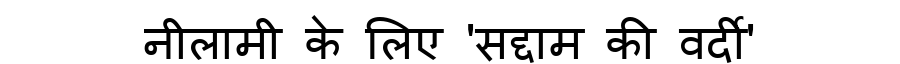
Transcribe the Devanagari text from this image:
नीलामी के लिए 'सद्दाम की वर्दी'